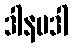
ဒါနမဒါ